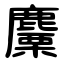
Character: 麜